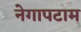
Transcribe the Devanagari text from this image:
नेगापटाम